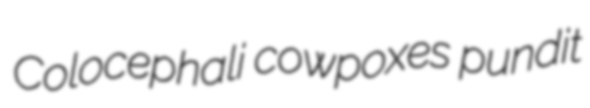
Colocephali cowpoxes pundit